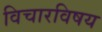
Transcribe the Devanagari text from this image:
विचारविषय